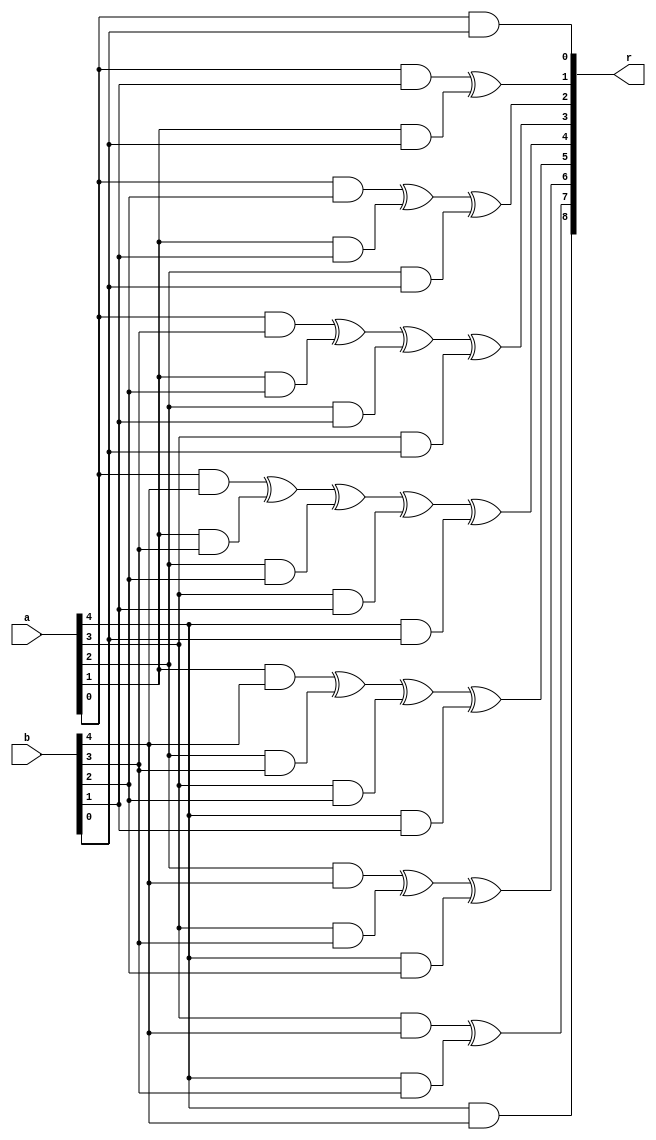
//////////////////////////////////////////////////////////////////////////////////
// partial_FFM_gate.v for Cosmos OpenSSD
// Copyright (c) 2015 Hanyang University ENC Lab.
// Contributed by Ilyong Jung <iyjung@enc.hanyang.ac.kr>
//                Yong Ho Song <yhsong@enc.hanyang.ac.kr>
//
// This file is part of Cosmos OpenSSD.
//
// Cosmos OpenSSD is free software; you can redistribute it and/or modify
// it under the terms of the GNU General Public License as published by
// the Free Software Foundation; either version 3, or (at your option)
// any later version.
//
// Cosmos OpenSSD is distributed in the hope that it will be useful,
// but WITHOUT ANY WARRANTY; without even the implied warranty of
// MERCHANTABILITY or FITNESS FOR A PARTICULAR PURPOSE.
// See the GNU General Public License for more details.
//
// You should have received a copy of the GNU General Public License
// along with Cosmos OpenSSD; see the file COPYING.
// If not, see <http://www.gnu.org/licenses/>. 
//////////////////////////////////////////////////////////////////////////////////

//////////////////////////////////////////////////////////////////////////////////
// Company: ENC Lab. <http://enc.hanyang.ac.kr>
// 
// Project Name: Cosmos OpenSSD
// Design Name: BCH Decoder
// Module Name: partial_FFM_gate
//
// Version: v1.0.2-5b
//
// Description: 
//   - parallel Finite Field Multiplier (FFM) module
//   - 2 polynomial form input, 1 polynomial form output
//////////////////////////////////////////////////////////////////////////////////

//////////////////////////////////////////////////////////////////////////////////
// Revision History:
//
// * v1.0.2
//   - temporary roll-back for releasing
//   - coding style of this version is not unified
//
// * v1.0.1
//   - minor modification for releasing
//
// * v1.0.0
//   - first draft
//////////////////////////////////////////////////////////////////////////////////

`timescale 1ns / 1ps

module partial_FFM_gate(
	a,
	b,
	
	r
    );
	
	///////////////////////////////////////////////////////////
	// CAUTION! CAUTION! CAUTION! CAUTION! CAUTION! CAUTION! //
	//                                                       //
	//      ONLY FOR  5 BIT POLYNOMIAL MULTIPLICATION        //
	//                                                       //
	// CAUTION! CAUTION! CAUTION! CAUTION! CAUTION! CAUTION! //
	///////////////////////////////////////////////////////////
	
	input wire [4:0] a;
	input wire [4:0] b;
	
	output wire [8:0] r;
	
	assign r[8] = (a[4]&b[4]);
	assign r[7] = (a[3]&b[4]) ^ (a[4]&b[3]);
	assign r[6] = (a[2]&b[4]) ^ (a[3]&b[3]) ^ (a[4]&b[2]);
	assign r[5] = (a[1]&b[4]) ^ (a[2]&b[3]) ^ (a[3]&b[2]) ^ (a[4]&b[1]);
	assign r[4] = (a[0]&b[4]) ^ (a[1]&b[3]) ^ (a[2]&b[2]) ^ (a[3]&b[1]) ^ (a[4]&b[0]);
	assign r[3] = (a[0]&b[3]) ^ (a[1]&b[2]) ^ (a[2]&b[1]) ^ (a[3]&b[0]);
	assign r[2] = (a[0]&b[2]) ^ (a[1]&b[1]) ^ (a[2]&b[0]);
	assign r[1] = (a[0]&b[1]) ^ (a[1]&b[0]);
	assign r[0] = (a[0]&b[0]);


endmodule